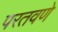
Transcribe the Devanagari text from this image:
परतवणे